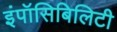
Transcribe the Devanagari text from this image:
इंपॉसिबिलिटी